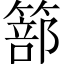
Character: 篰